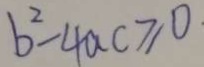
b ^ { 2 } - 4 a c \geqslant 0 .